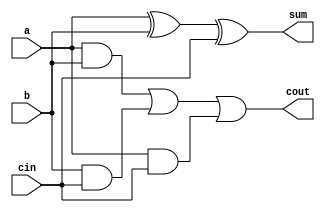
module full_adder(sum, cout, a, b, cin);
  input a,b,cin;
  output sum,cout;
  wire d,e,f;

  xor #4 U1(sum,a,b,cin);
  
  and #1U2(d,a,b);
  
  and #1U3(e,b,cin);
  
  and #1U4(f,a,cin);
 
  or #2U5(cout,d,e,f);
 
  
endmodule

module add16_rc(sum16, cout, a16, b16, cin);
  input [15:0]a16, b16;
  output [15:0] sum16;
  input cin;
  output cout;
  wire z1,z2,z3,z4,z5,z6,z7,z8,z9,z10,z11,z12,z13,z14,z15;
  full_adder U6(sum16[0], z1, a16[0], b16[0], cin);
  full_adder U7(sum16[1], z2, a16[1], b16[1], z1);
  full_adder U8(sum16[2], z3, a16[2], b16[2], z2);
  full_adder U9(sum16[3], z4, a16[3], b16[3], z3);
  full_adder U10(sum16[4], z5, a16[4], b16[4], z4);
  full_adder U11(sum16[5], z6, a16[5], b16[5], z5);
  full_adder U12(sum16[6], z7, a16[6], b16[6], z6);
  full_adder U13(sum16[7], z8, a16[7], b16[7], z7);
  full_adder U14(sum16[8], z9, a16[8], b16[8], z8);
  full_adder U15(sum16[9], z10, a16[9], b16[9], z9);
  full_adder U16(sum16[10], z11, a16[10], b16[10], z10);
  full_adder U17(sum16[11], z12, a16[11], b16[11], z11);
  full_adder U18(sum16[12], z13, a16[12], b16[12], z12);
  full_adder U19(sum16[13], z14, a16[13], b16[13], z13);
  full_adder U20(sum16[14], z15, a16[14], b16[14], z14);
  full_adder U21(sum16[15], cout, a16[15], b16[15], z15);
    
endmodule

module full_adder_pg(p,g, a, b);
  input a,b;
  output p,g;
  
  or #1 U6(p,a,b);
  and #1 U7(g,a,b);
 		
  
endmodule


module carry_generator(couts, p, g, cin);
  input cin;
  input [3:0] p,g;
  output [3:0] couts;
  wire s1,s2,s3,s4;
  
  and #1Y1(s1,p[0],cin);
  
  or #1Y2(couts[0],s1,g[0]);
  
  and #1Y3(s2,p[1],couts[0]);
  
  or #1Y4(couts[1],s2,g[1]);
  
  and #1Y5(s3,p[2],couts[1]);
  
  or #1Y6(couts[2],s3,g[2]);
  
  and #1Y7(s4,p[3],couts[2]);
  
  or #1Y8(couts[3],s4,g[3]);
  
	  
endmodule

module add4_cla(sum4, cout, a4, b4, cin);
  input[3:0] a4,b4;
  output[3:0] sum4;
  input cin;
  output cout;
  wire[3:0] p,g,couts;
  wire t1,t2,t3,t4,t5,t6,t7,t8;
 
  full_adder_pg J1(p[0],g[0], a4[0], b4[0]);
  full_adder_pg J2(p[1],g[1], a4[1], b4[1]);
  full_adder_pg J3(p[2],g[2], a4[2], b4[2]);
  full_adder_pg J4(p[3],g[3], a4[3], b4[3]);
  carry_generator tyu(couts,p,g,cin);
  
  full_adder J5(sum4[0], t5, a4[0], b4[0], cin);
  full_adder J6(sum4[1], t6, a4[1], b4[1], couts[0]);
  full_adder J7(sum4[2], t7, a4[2], b4[2], couts[1]);
  full_adder J8(sum4[3], t8, a4[3], b4[3], couts[2]);
  assign cout=couts[3];
  
endmodule



module add16_cla(sum16, cout, a16, b16, cin);
  input[15:0] a16, b16;
  output[15:0] sum16;
  output cout;
  input cin;
  wire e1,e2,e3;
  
  add4_cla bla1(sum16[3:0], e1, a16[3:0], b16[3:0], cin);
  add4_cla bla2(sum16[7:4], e2, a16[7:4], b16[7:4], e1);
  add4_cla bla3(sum16[11:8], e3, a16[11:8], b16[11:8], e2);
  add4_cla bla4(sum16[15:12], cout, a16[15:12], b16[15:12], e3);
 
endmodule